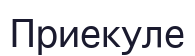
Приекуле